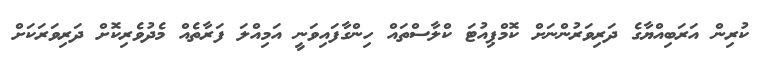
ކުރިން އަރަބިއްޔާގެ ދަރިވަރުންނަށް ކޮމްޕިއުޓަ ކްލާސްތައް ހިންގާފައިވަނީ އަމިއްލަ ފަރާތެއް މެދުވެރިކޮށް ދަރިވަރަކަށް